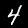
Digit: 4